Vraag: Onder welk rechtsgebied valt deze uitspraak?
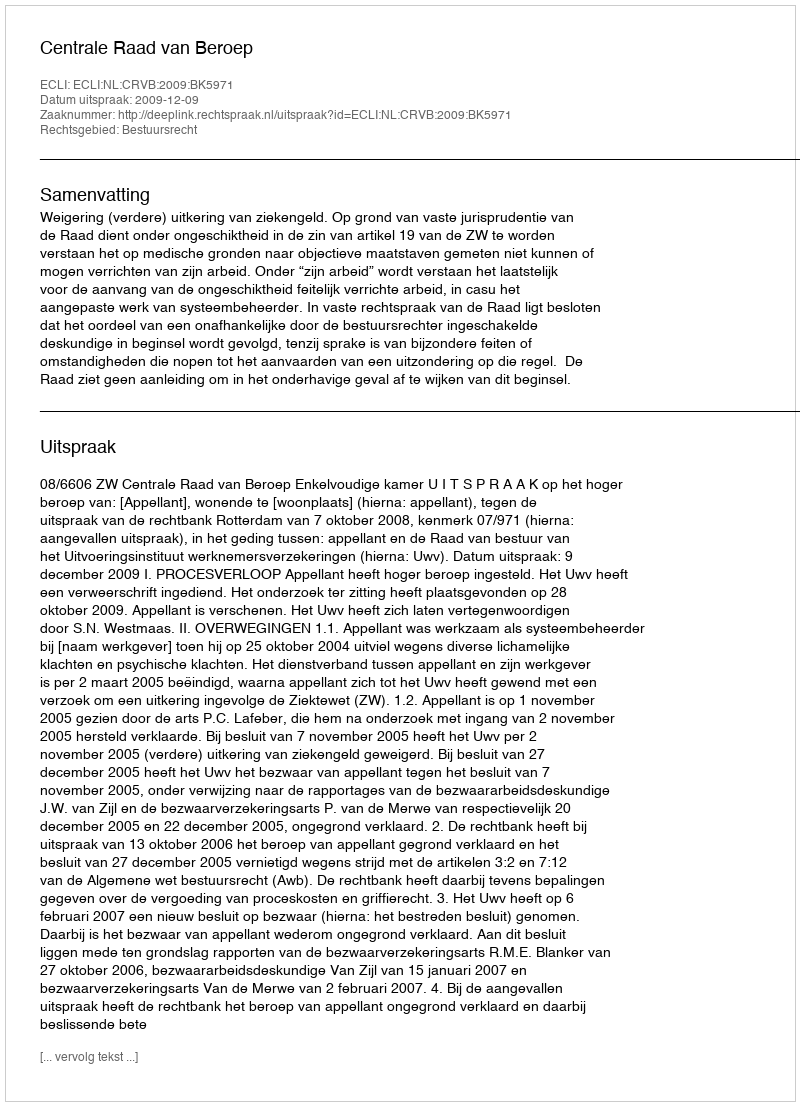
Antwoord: Bestuursrecht